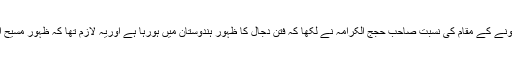
مسیح موعود کے مبعوث ہونے کے مقام کی نسبت صاحب حجج الکرامہ نے لکھا کہ فتن دجال کا ظہور ہندوستان میں ہورہا ہے اوریہ لازم تھا کہ ظہور مسیح اسی جگہ ہو جہاں دجال ہو۔